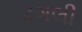
ઢગલી